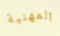
المهنية